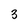
Character: 3